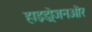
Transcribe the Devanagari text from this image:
हाइड्रोजनऔर